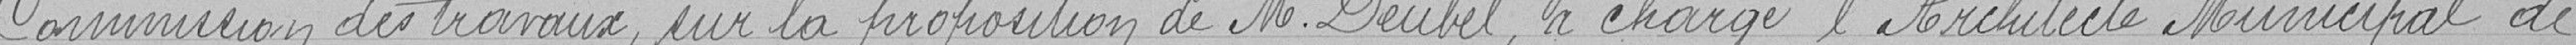
commission des travaux, sur la proposition de Monsieur Deubel, a chargé l'architecte municipal de